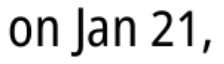
on Jan 21,